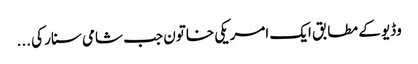
وڈیو کے مطابق ایک امریکی خاتون جب شامی سنار کی ...